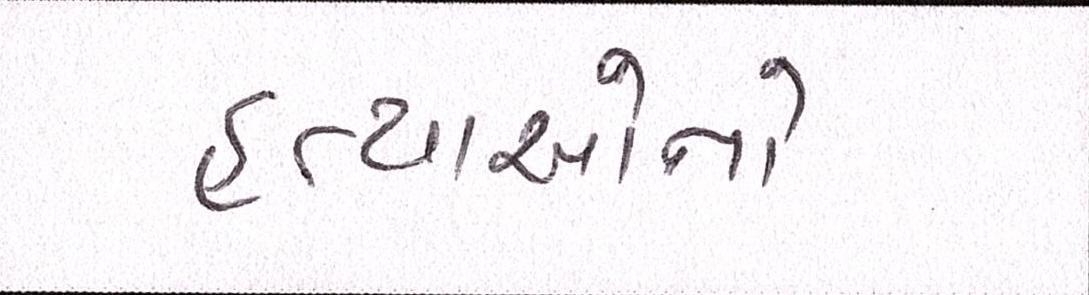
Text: હત્યાઓનો